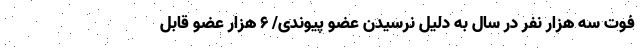
فوت سه هزار نفر در سال به دلیل نرسیدن عضو پیوندی/ ۶ هزار عضو قابل